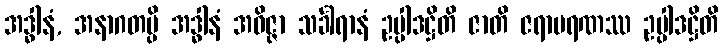
အဒ္ဓါနံ, အနာဂတမ္ပိ အဒ္ဓါနံ အဝိဇ္ဇာ သင်္ခါရာနံ ဥပ္ပါဒဋ္ဌိတိ ဇာတိ ဇရာမရဏဿ ဥပ္ပါဒဋ္ဌိတိ